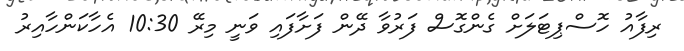
ރިފާއު ހޮސްޕިޓަލަށް ގެންގޮސް ފަރުވާ ދޭން ފަށާފައި ވަނީ މިރޭ 10:30 އެހާކަންހާއިރު